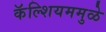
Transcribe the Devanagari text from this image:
कॅल्शियममुळे